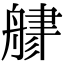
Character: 𦩦